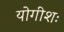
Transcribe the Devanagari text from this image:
योगीशः